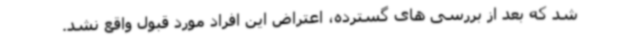
شد که بعد از بررسی های گسترده، اعتراض این افراد مورد قبول واقع نشد.